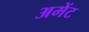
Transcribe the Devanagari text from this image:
अमेंट